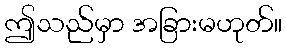
ဤသည်မှာ အခြားမဟုတ်။